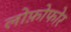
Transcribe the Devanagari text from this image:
लोफ़ोफोर